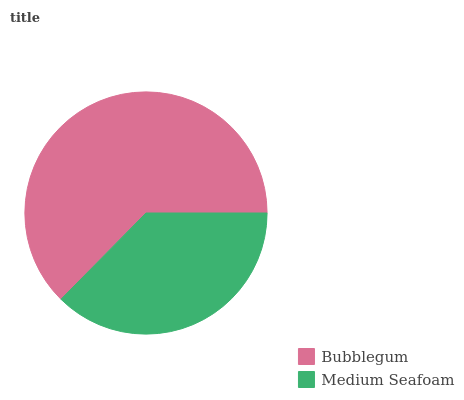
| Bubblegum | Medium Seafoam |
 | --- | --- |
 | 62.6% | 37.4% |